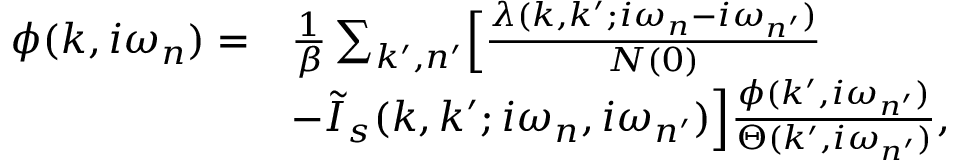
\begin{array} { r l } { \phi ( k , i \omega _ { n } ) = } & { \frac { 1 } { \beta } \sum _ { k ^ { \prime } , n ^ { \prime } } \Bigl [ \frac { \lambda ( k , k ^ { \prime } ; i \omega _ { n } - i \omega _ { n ^ { \prime } } ) } { N ( 0 ) } } \\ & { - \tilde { I } _ { s } ( k , k ^ { \prime } ; i \omega _ { n } , i \omega _ { n ^ { \prime } } ) \Bigr ] \frac { \phi ( k ^ { \prime } , i \omega _ { n ^ { \prime } } ) } { \Theta ( k ^ { \prime } , i \omega _ { n ^ { \prime } } ) } , } \end{array}